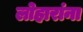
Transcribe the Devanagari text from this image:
लोहारांना